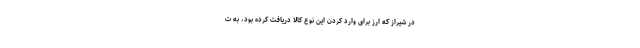
در شیراز که ارز برای وارد کردن این نوع کالا دریافت کرده بود، به ت